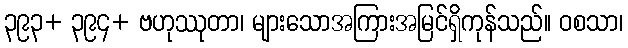
၃၉၃+ ၃၉၄+ ဗဟုဿုတာ၊ များသောအကြားအမြင်ရှိကုန်သည်။ ဝစသာ၊